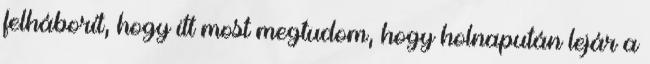
felháborít, hogy itt most megtudom, hogy holnapután lejár a